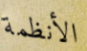
الأنظمة